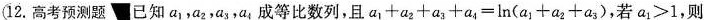
12.高考预测题■已知a a2，a3，a，成等比数列，且a1+a2+a3+a4=ln(a1+a2+a3)，若a1>1，则